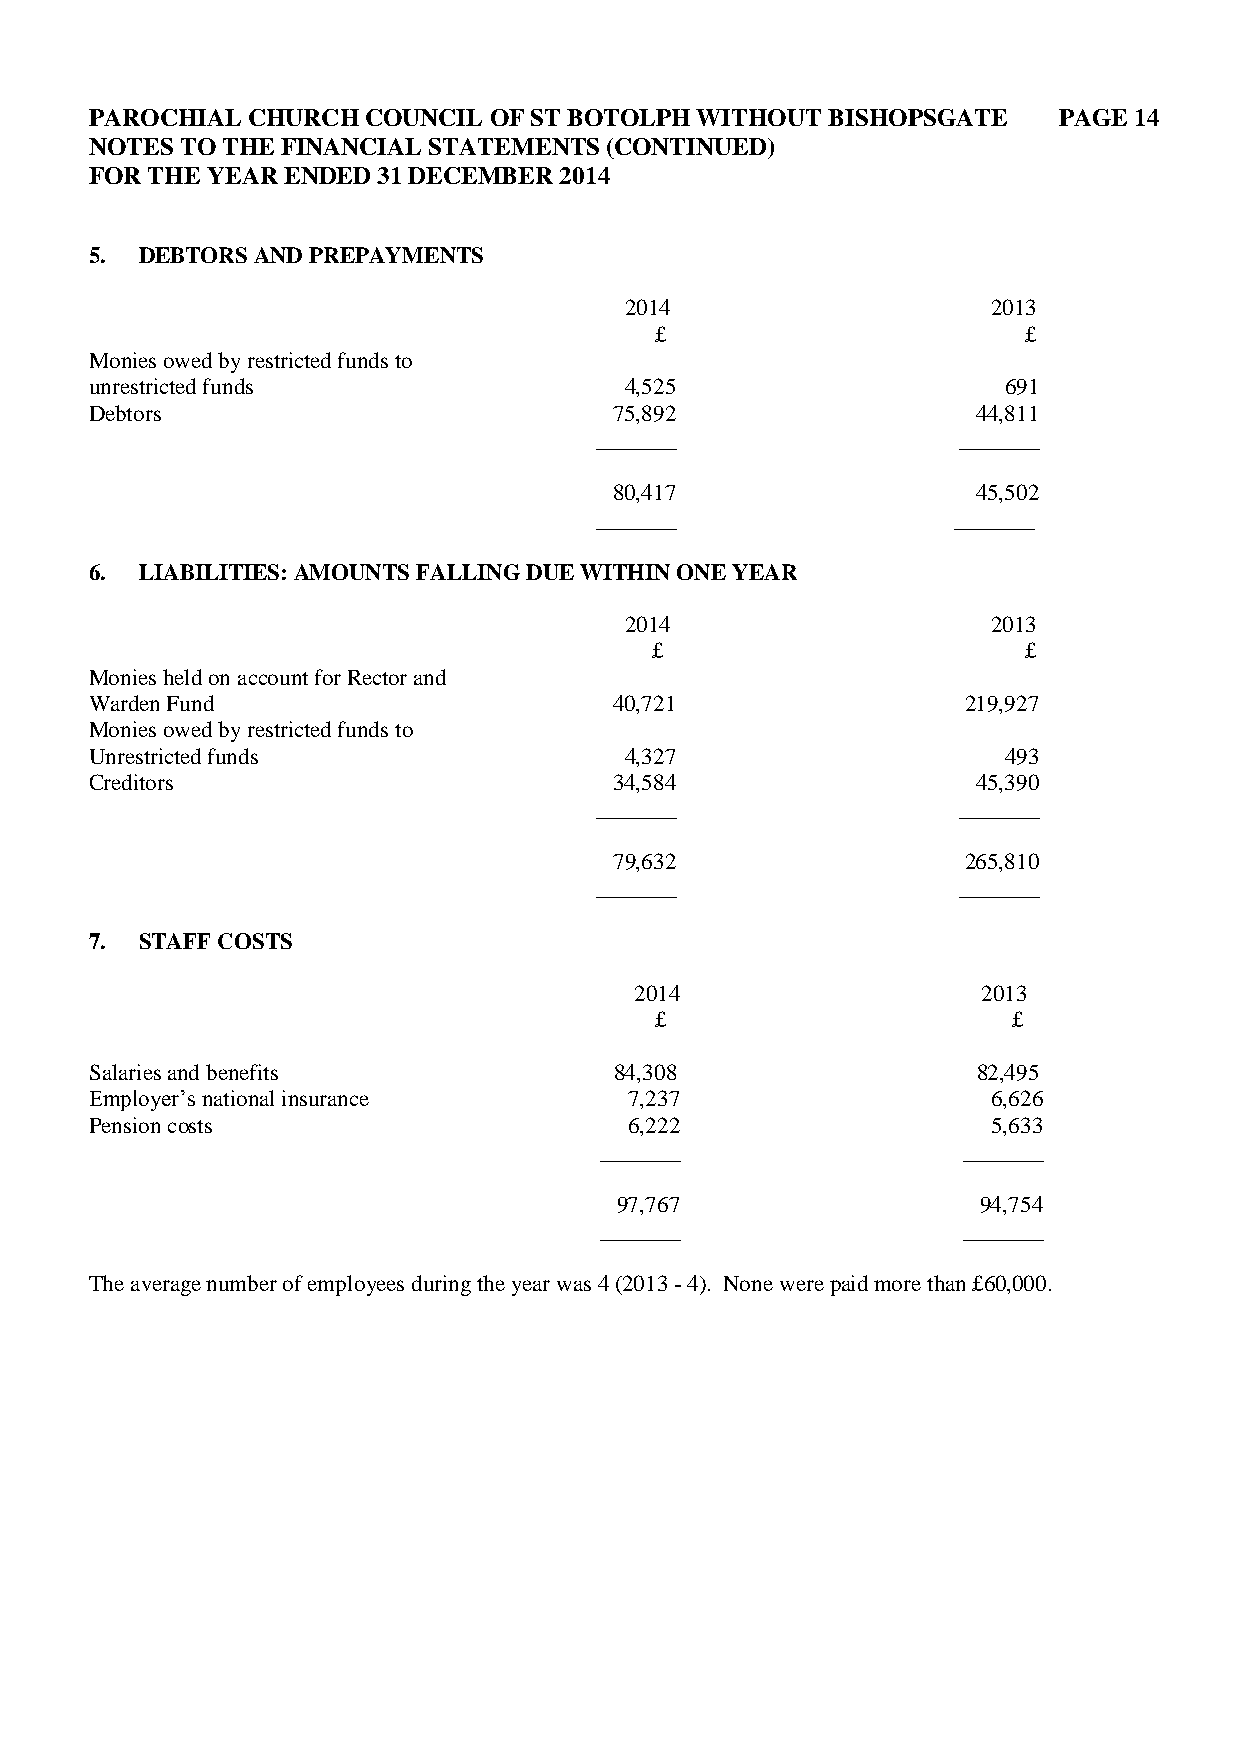
PAROCHIAL CHURCH  COUNCIL OF ST BOTOLPH WITHOUT  BISHOPSGATE    PAGE 14
 NOTES TO THE FINANCIAL STATEMENTS (CONTINUED)
 FOR THE YEAR ENDED 31 DECEMBER 2014
 5. DEBTORS AND PREPAYMENTS
 2014                     2013
 £                        £
 Monies owed by restricted funds to
 unrestricted funds                 4,525                    691
 Debtors                            75,892                  44,811
 _______                 _______
 80,417                  45,502
 _______                 _______
 6. LIABILITIES: AMOUNTS FALLING DUE WITHIN ONE YEAR
 2014                     2013
 £                        £
 Monies held on account for Rector and
 Warden Fund                        40,721                 219,927
 Monies owed by restricted funds to
 Unrestricted funds                 4,327                    493
 Creditors                          34,584                  45,390
 _______                 _______
 79,632                 265,810
 _______                 _______
 7. STAFF COSTS
 2014                   2013
 £                       £
 Salaries and benefits              84,308                  82,495
 Employer’s national insurance       7,237                   6,626
 Pension costs                       6,222                   5,633
 _______                 _______
 97,767                  94,754
 _______                 _______
 The average number of employees during the year was 4 (2013 - 4). None were paid more than £60,000.